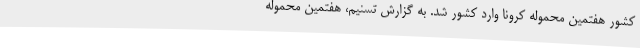
کشور هفتمین محموله کرونا وارد کشور شد. به گزارش تسنیم، هفتمین محموله